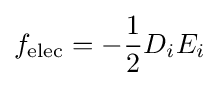
f_{\text{elec}}=-{\frac {1}{2}}D_{i}E_{i}